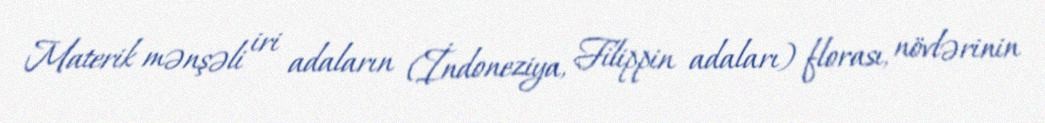
Materik mənşəli iri adaların (İndoneziya, Filippin adaları) florası, növlərinin